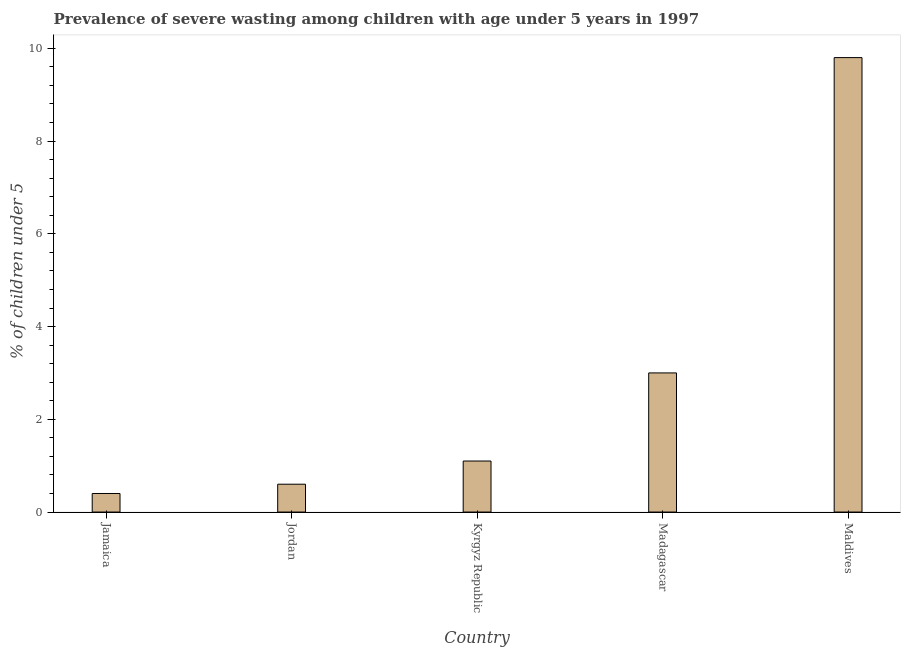
| Country | Prevalence of severe wasting |
 | --- | --- |
 | Jamaica | 0.4 |
 | Jordan | 0.6 |
 | Kyrgyz Republic | 1.1 |
 | Madagascar | 3 |
 | Maldives | 9.8 |